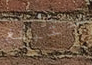
ستبلغ